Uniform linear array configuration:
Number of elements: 4
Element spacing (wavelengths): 1
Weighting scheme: uniform
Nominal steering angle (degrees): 60
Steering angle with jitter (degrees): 61.202
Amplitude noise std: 0.05
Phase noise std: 0.05

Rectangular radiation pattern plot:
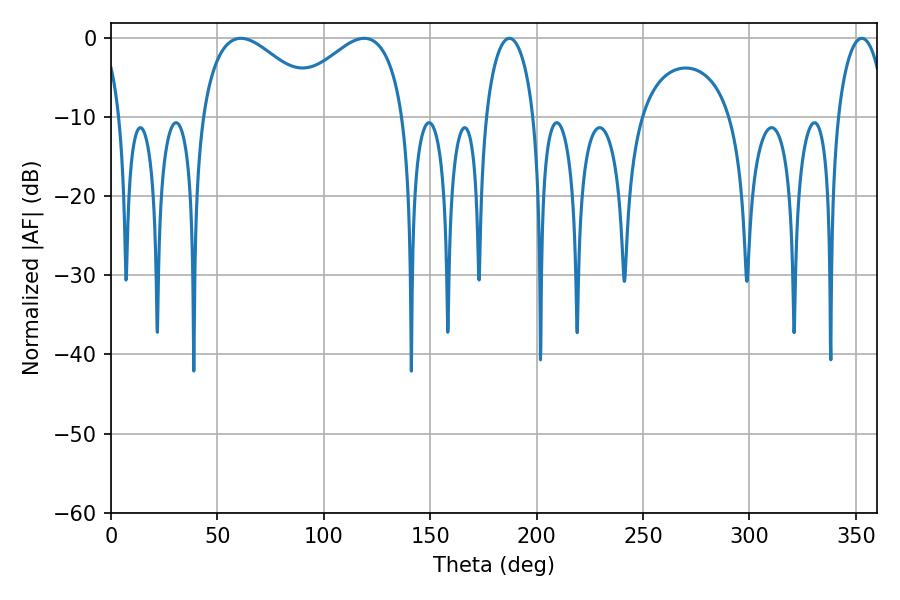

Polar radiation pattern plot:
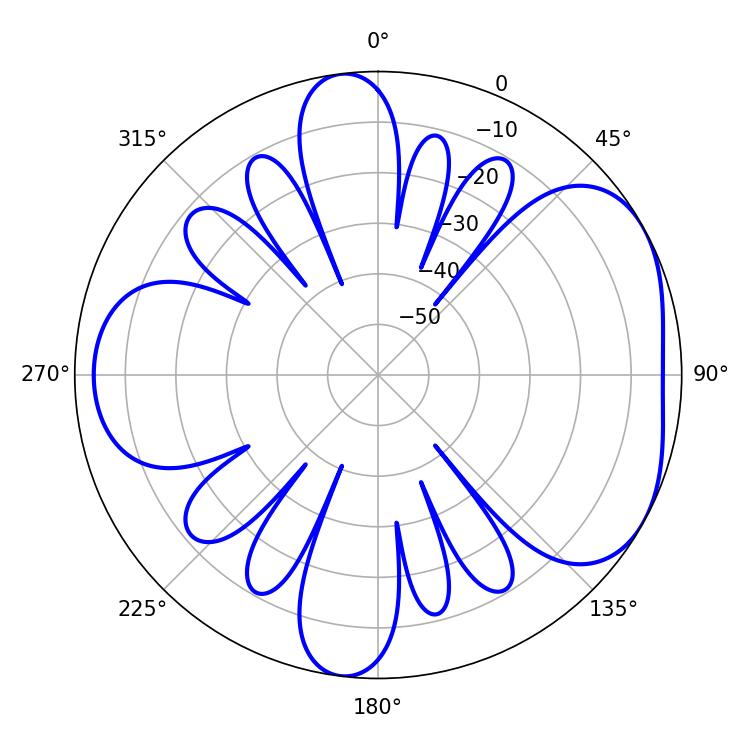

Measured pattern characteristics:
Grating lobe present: TRUE
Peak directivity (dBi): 4.773
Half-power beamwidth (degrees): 12.96
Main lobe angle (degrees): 187.2